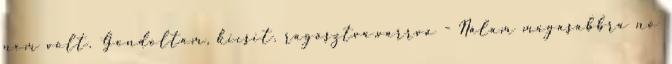
nem volt. Gondoltam, kicsit. ragasztva,varrva - Nálam magasabbra nő